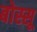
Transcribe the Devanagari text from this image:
बोस्सू